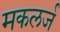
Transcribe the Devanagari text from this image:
मकलर्ज